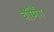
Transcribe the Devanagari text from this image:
वाॅर्मिंग